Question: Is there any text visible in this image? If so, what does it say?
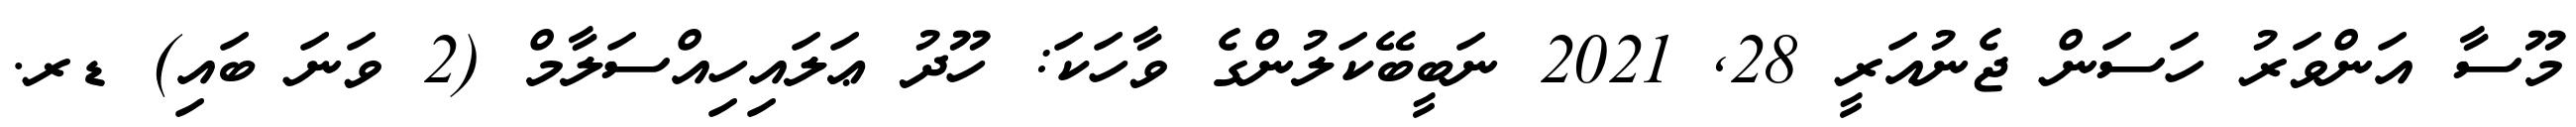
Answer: މޫސާ އަންވަރު ހަސަން ޖެނުއަރީ 28, 2021 ނަބީބޭކަލުންގެ ވާހަކަ: ހޫދު ޢަލައިހިއްސަލާމް (2 ވަނަ ބައި) ޑރ.